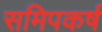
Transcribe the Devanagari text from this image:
समिपकर्ष